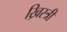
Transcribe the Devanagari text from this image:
ख्रिस्त्री